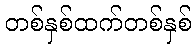
တစ်နှစ်ထက်တစ်နှစ်